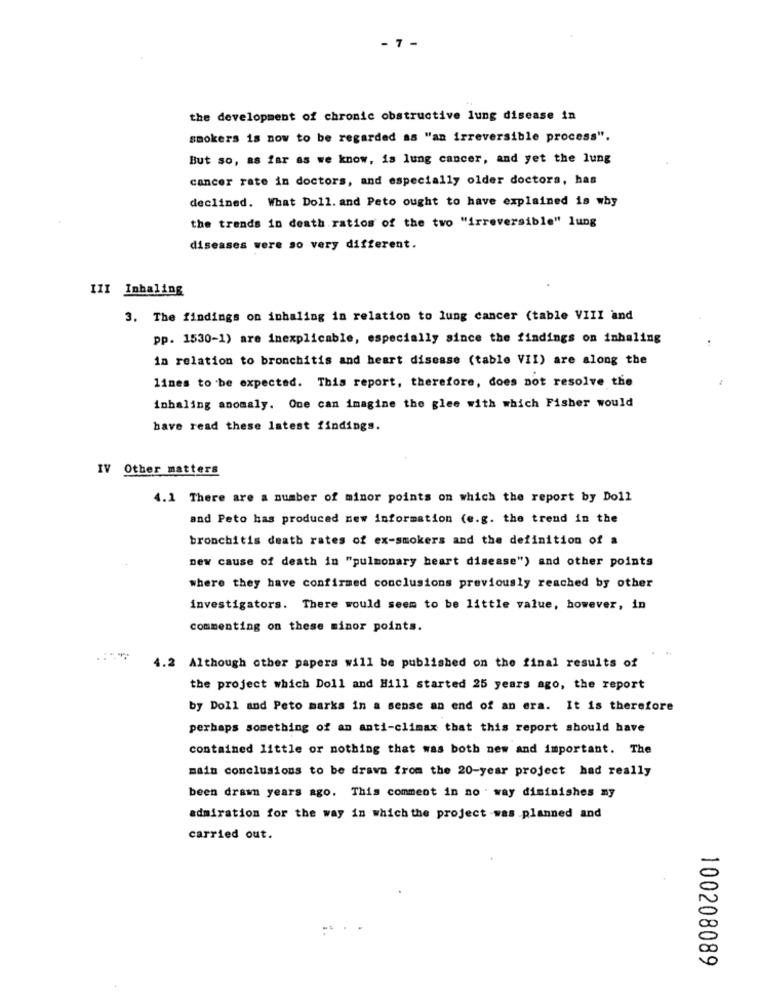
7.
the development of chronic obstructive lung disease in
smokers is now to be regarded as "an irreversible process".
But so, as far as we know, is lung cancer, and yet the lung
cancer rate in doctors, and especially older doctors, has
declined. What Doll. and Peto ought to have explained is why
the trends in death ratios of the two "irreversible" lung
diseases were so very different.
III Inhaling
3. The findings on inhaling in relation to lung cancer (table VIII and
pp. 1530-1) are inexplicable, especially since the findings on inhaling
in relation to bronchitis and heart disease (table VII) are along the
lines to be expected. This report, therefore, does not resolve the
inhaling anomaly. One can imagine the glee with which Fisher would
have read these latest findings.
IV Other matters
4.1 There are a number of minor points on which the report by Doll
and Peto has produced new information (e.g. the trend in the
bronchitis death rates of ex-smokers and the definition of a
new cause of death in "pulmonary heart disease") and other points
where they have confirmed conclusions previously reached by other
investigators. There would seem to be little value, however, in
commenting on these minor points.
4.2 Although other papers will be published on the final results of
the project which Doll and Hill started 25 years ago, the report
by Doll and Peto marks in a sense an end of an era. It is therefore
perhaps something of an anti-climax that this report should have
contained little or nothing that was both new and important. The
main conclusions to be drawn from the 20-year project had really
been drawn years ago. This comment in no way diminishes ny
admiration for the way in which the project was planned and
carried out.
100208089